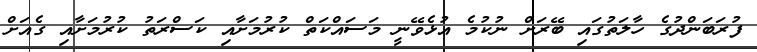
ފުރަބަންދުގެ ހާލަތުގައި ބޭރަށް ނުކުމެ އުޅެވޭނީ މަސައްކަތް ކުރުމަށާއި ކަސްރަތު ކުރުމަށާއި ގެއަށް